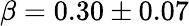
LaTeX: \beta=0.30\pm 0.07